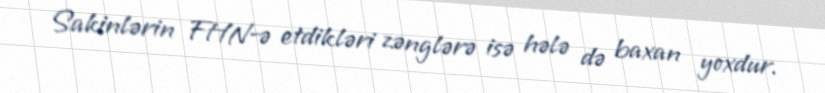
Sakinlərin FHN-ə etdikləri zənglərə isə hələ də baxan yoxdur.